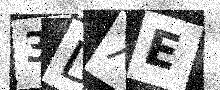
Text: 3DXE